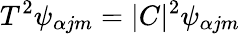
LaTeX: T^{2}\psi_{\alpha jm}=|C|^{2}\psi_{\alpha jm}